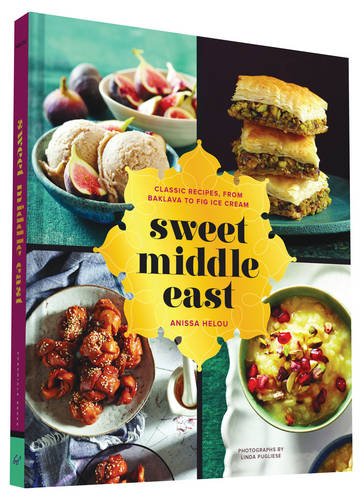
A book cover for Sweet Middle East: Classic Recipes, from Baklava to Fig Ice Cream; Anissa Helou; Cookbooks, Food & Wine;